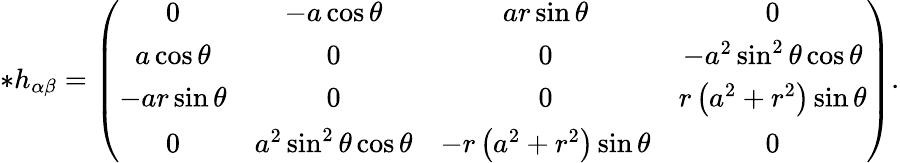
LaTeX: *h_{\alpha\beta}=\left(\begin{array}{cccc}{0}&{-a\cos\theta}&{ar\sin\theta}&{0}\\ {a\cos\theta}&{0}&{0}&{-a^{2}\sin^{2}\theta\cos\theta}\\ {-ar\sin\theta}&{0}&{0}&{r\left(a^{2}+r^{2}\right)\sin\theta}\\ {0}&{a^{2}\sin^{2}\theta\cos\theta}&{-r\left(a^{2}+r^{2}\right)\sin\theta}&{0}\end{array}\right).